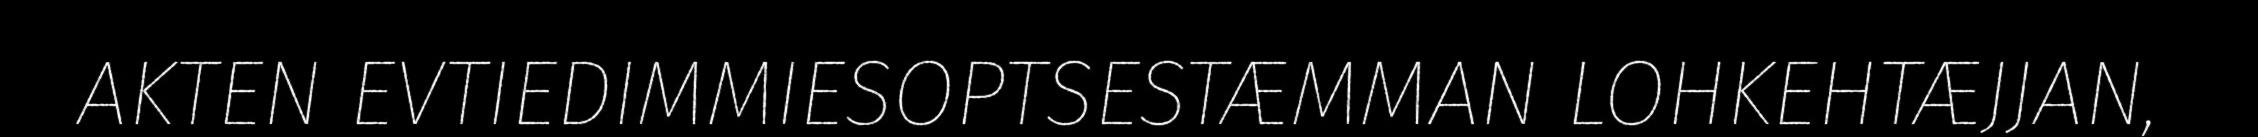
AKTEN EVTIEDIMMIESOPTSESTÆMMAN LOHKEHTÆJJAN,